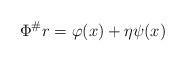
LaTeX: \begin{align*}\Phi^\# r = \varphi(x) + \eta \psi(x)\end{align*}